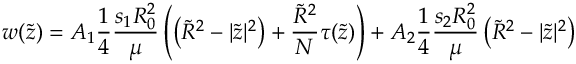
w ( \tilde { z } ) = A _ { 1 } \frac { 1 } { 4 } \frac { s _ { 1 } R _ { 0 } ^ { 2 } } { \mu } \left( \left( \tilde { R } ^ { 2 } - | \tilde { z } | ^ { 2 } \right) + \frac { \tilde { R } ^ { 2 } } { N } \tau ( \tilde { z } ) \right) + A _ { 2 } \frac { 1 } { 4 } \frac { s _ { 2 } R _ { 0 } ^ { 2 } } { \mu } \left( \tilde { R } ^ { 2 } - | \tilde { z } | ^ { 2 } \right)